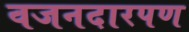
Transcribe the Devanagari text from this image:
वजनदारपण